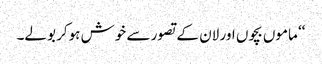
‘‘ ماموں بچوں اور لان کے تصور سے خوش ہوکر بولے۔